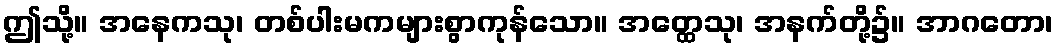
ဤသို့။ အနေကသု၊ တစ်ပါးမကများစွာကုန်သော။ အတ္ထေသု၊ အနက်တို့၌။ အာဂတော၊